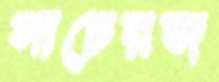
সাচেরজ